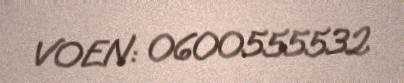
VOEN: 0600555532